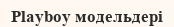
Playboy модельдері